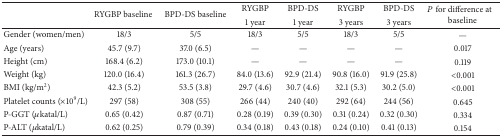
| <ROWSPAN=2>  | <ROWSPAN=2> RYGBP baseline | <ROWSPAN=2> BPD-DS baseline | RYGBP | BPD-DS | RYGBP | BPD-DS | <ROWSPAN=2> P for difference at baseline |
 | 1 year | 1 year | 3 years | 3 years |
 | --- | --- | --- | --- | --- | --- | --- | --- |
 | Gender (women/men) | 18/3 | 5/5 | 18/3 | 5/5 | 18/3 | 5/5 | — |
 | Age (years) | 45.7 (9.7) | 37.0 (6.5) | — | — | — | — | 0.017 |
 | Height (cm) | 168.4 (6.2) | 173.0 (10.1) | — | — | — | — | 0.119 |
 | Weight (kg) | 120.0 (16.4) | 161.3 (26.7) | 84.0 (13.6) | 92.9 (21.4) | 90.8 (16.0) | 91.9 (25.8) | <0.001 |
 | BMI (kg/m2) | 42.3 (5.2) | 53.5 (3.8) | 29.7 (4.6) | 30.7 (4.6) | 32.1 (5.3) | 30.2 (5.0) | <0.001 |
 | Platelet counts (×109/L) | 297 (58) | 308 (55) | 266 (44) | 240 (40) | 292 (64) | 244 (56) | 0.645 |
 | P-GGT (μkatal/L) | 0.65 (0.42) | 0.87 (0.71) | 0.28 (0.19) | 0.39 (0.30) | 0.31 (0.24) | 0.32 (0.30) | 0.334 |
 | P-ALT (μkatal/L) | 0.62 (0.25) | 0.79 (0.39) | 0.34 (0.18) | 0.43 (0.18) | 0.24 (0.10) | 0.41 (0.13) | 0.154 |